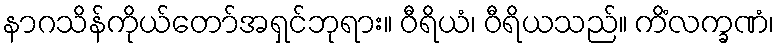
နာဂသိန်ကိုယ်တော်အရှင်ဘုရား။ ဝီရိယံ၊ ဝီရိယသည်။ ကိံလက္ခဏံ၊